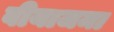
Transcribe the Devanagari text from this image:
वीयाजमा